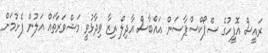
ރައީސް އޮފީހުގެ ސްޕޯކްސްޕާސަން އައްބާސް އާދިލް ރިޒާ ވިދާޅުވީ މަޝްވަރާތައް އަލުން ފެށުމަށް